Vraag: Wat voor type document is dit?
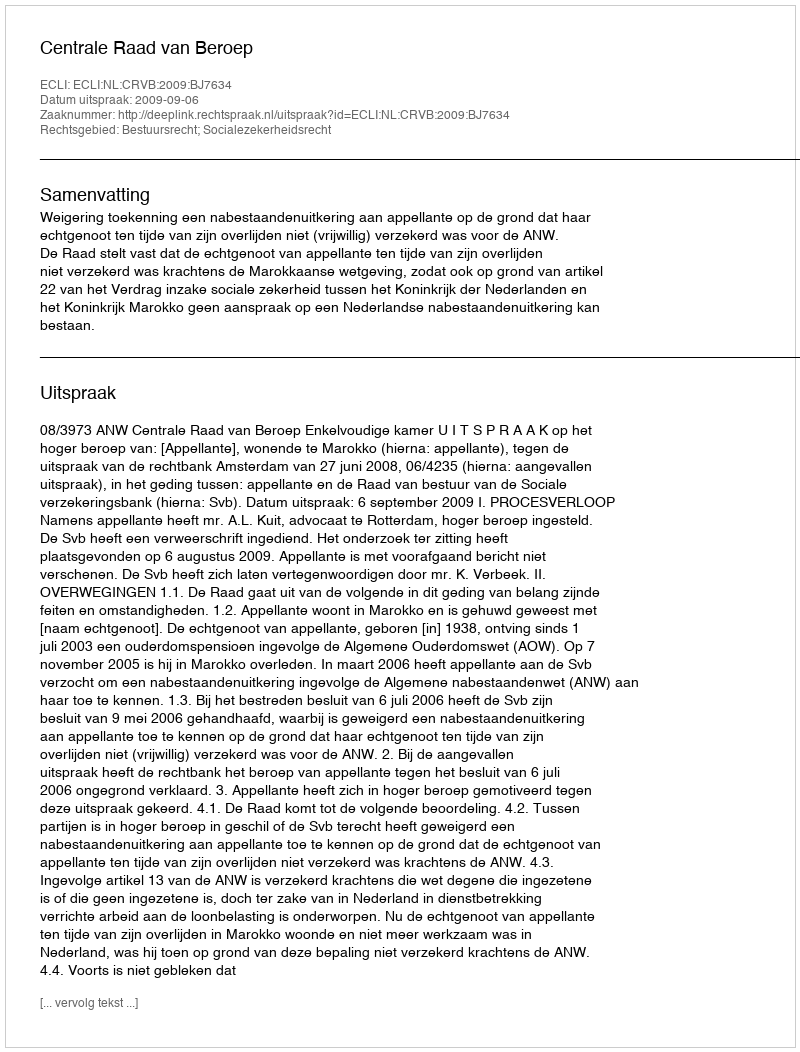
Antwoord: Uitspraak